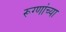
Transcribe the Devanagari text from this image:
रूग्णांच्या